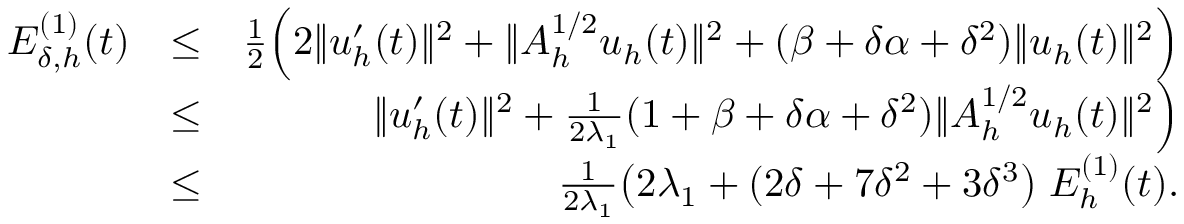
\begin{array} { r l r } { { \cal E } _ { \delta , h } ^ { ( 1 ) } ( t ) } & { \leq } & { \frac { 1 } { 2 } \Big ( 2 \| u _ { h } ^ { \prime } ( t ) \| ^ { 2 } + \| A _ { h } ^ { 1 / 2 } u _ { h } ( t ) \| ^ { 2 } + ( \beta + \delta \alpha + \delta ^ { 2 } ) \| u _ { h } ( t ) \| ^ { 2 } \Big ) } \\ & { \leq } & { \| u _ { h } ^ { \prime } ( t ) \| ^ { 2 } + \frac { 1 } { 2 \lambda _ { 1 } } ( 1 + \beta + \delta \alpha + \delta ^ { 2 } ) \| A _ { h } ^ { 1 / 2 } u _ { h } ( t ) \| ^ { 2 } \Big ) } \\ & { \leq } & { \frac { 1 } { 2 \lambda _ { 1 } } \big ( 2 \lambda _ { 1 } + ( 2 \delta + 7 \delta ^ { 2 } + 3 \delta ^ { 3 } \big ) \; { \cal E } _ { h } ^ { ( 1 ) } ( t ) . } \end{array}